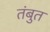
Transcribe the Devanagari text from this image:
तंबुत